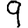
Digit: 9